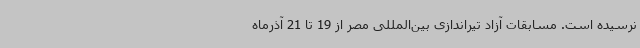
نرسیده است. مسابقات آزاد تیراندازی بین‌المللی مصر از 19 تا 21 آذرماه